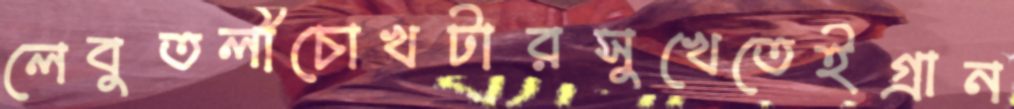
লেবুতলীচোখটারসুখেতেইগ্রান